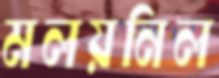
মলয়নিল